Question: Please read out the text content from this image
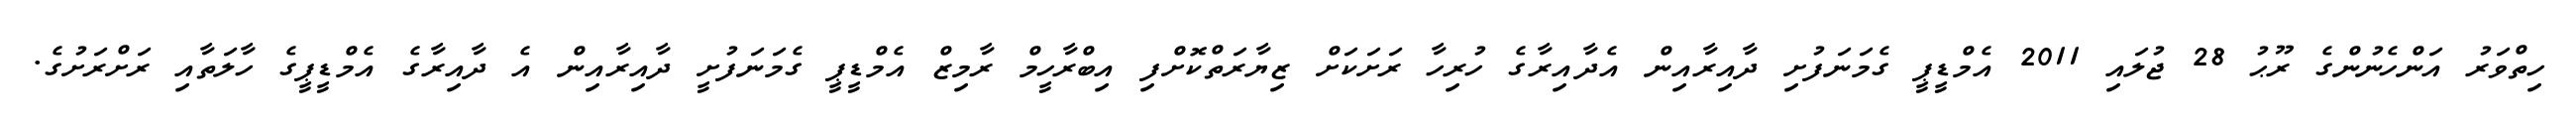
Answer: ހިތްވަރު އަންހެނުންގެ ރޫޙު 28 ޖުލައި 2011 އެމްޑީޕީ ގެމަނަފުށި ދާއިރާއިން އެދާއިރާގެ ހުރިހާ ރަށަކަށް ޒިޔާރަތްކޮށްފި އިބްރާހީމް ރާމިޒް އެމްޑީޕީ ގެމަނަފުށީ ދާއިރާއިން އެ ދާއިރާގެ އެމްޑީޕީގެ ހާލަތާއި ރަށްރަށުގެ.